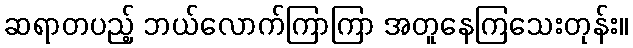
ဆရာတပည့် ဘယ်လောက်ကြာကြာ အတူနေကြသေးတုန်း။